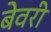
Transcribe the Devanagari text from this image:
बेवरी